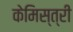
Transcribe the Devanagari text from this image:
केमिस्त्री